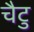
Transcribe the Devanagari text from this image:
चैटु